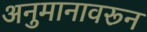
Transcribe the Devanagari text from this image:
अनुमानावरून